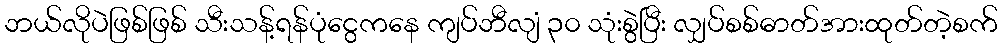
ဘယ်လိုပဲဖြစ်ဖြစ် သီးသန့်ရန်ပုံငွေကနေ ကျပ်ဘီလျံ ၃၀ သုံးစွဲပြီး လျှပ်စစ်ဓာတ်အားထုတ်တဲ့စက်